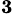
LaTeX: ^\mathbf{3}